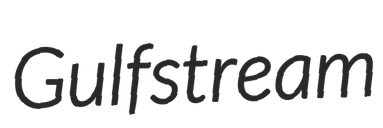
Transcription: Gulfstream